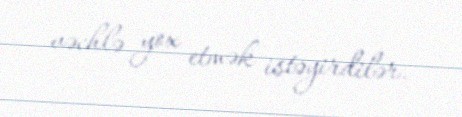
vəchlə yox etmək istəyirdilər.